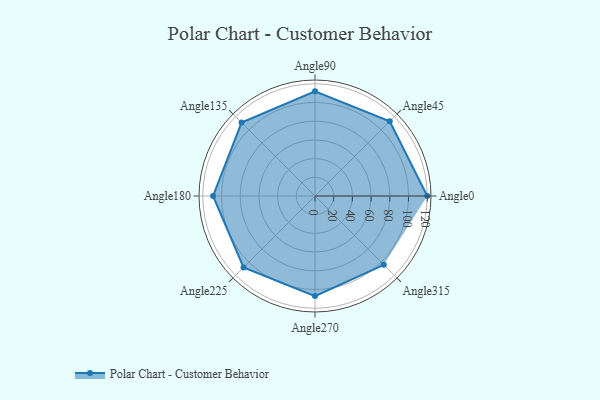
{"axis": {"x": "Angle", "y": "Radius"}, "legend": [""], "data": [{"x": "Angle0", "y": 120.0, "type": ""}, {"x": "Angle45", "y": 113.0, "type": ""}, {"x": "Angle90", "y": 112.0, "type": ""}, {"x": "Angle135", "y": 111.0, "type": ""}, {"x": "Angle180", "y": 109.0, "type": ""}, {"x": "Angle225", "y": 108.0, "type": ""}, {"x": "Angle270", "y": 107.0, "type": ""}, {"x": "Angle315", "y": 104.0, "type": ""}]}